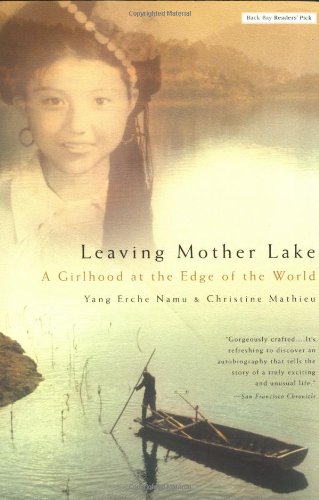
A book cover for Leaving Mother Lake: A Girlhood at the Edge of the World; Yang Erche Namu; Biographies & Memoirs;